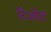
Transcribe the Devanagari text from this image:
रिओट